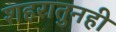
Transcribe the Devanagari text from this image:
शहरातुनही